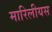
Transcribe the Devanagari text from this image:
मारिलीयस